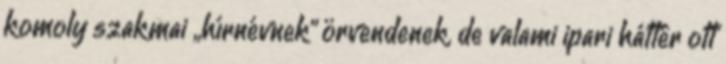
komoly szakmai „hírnévnek” örvendenek, de valami ipari háttér ott